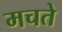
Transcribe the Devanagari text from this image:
मचते